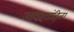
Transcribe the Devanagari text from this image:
नारदसंहिता